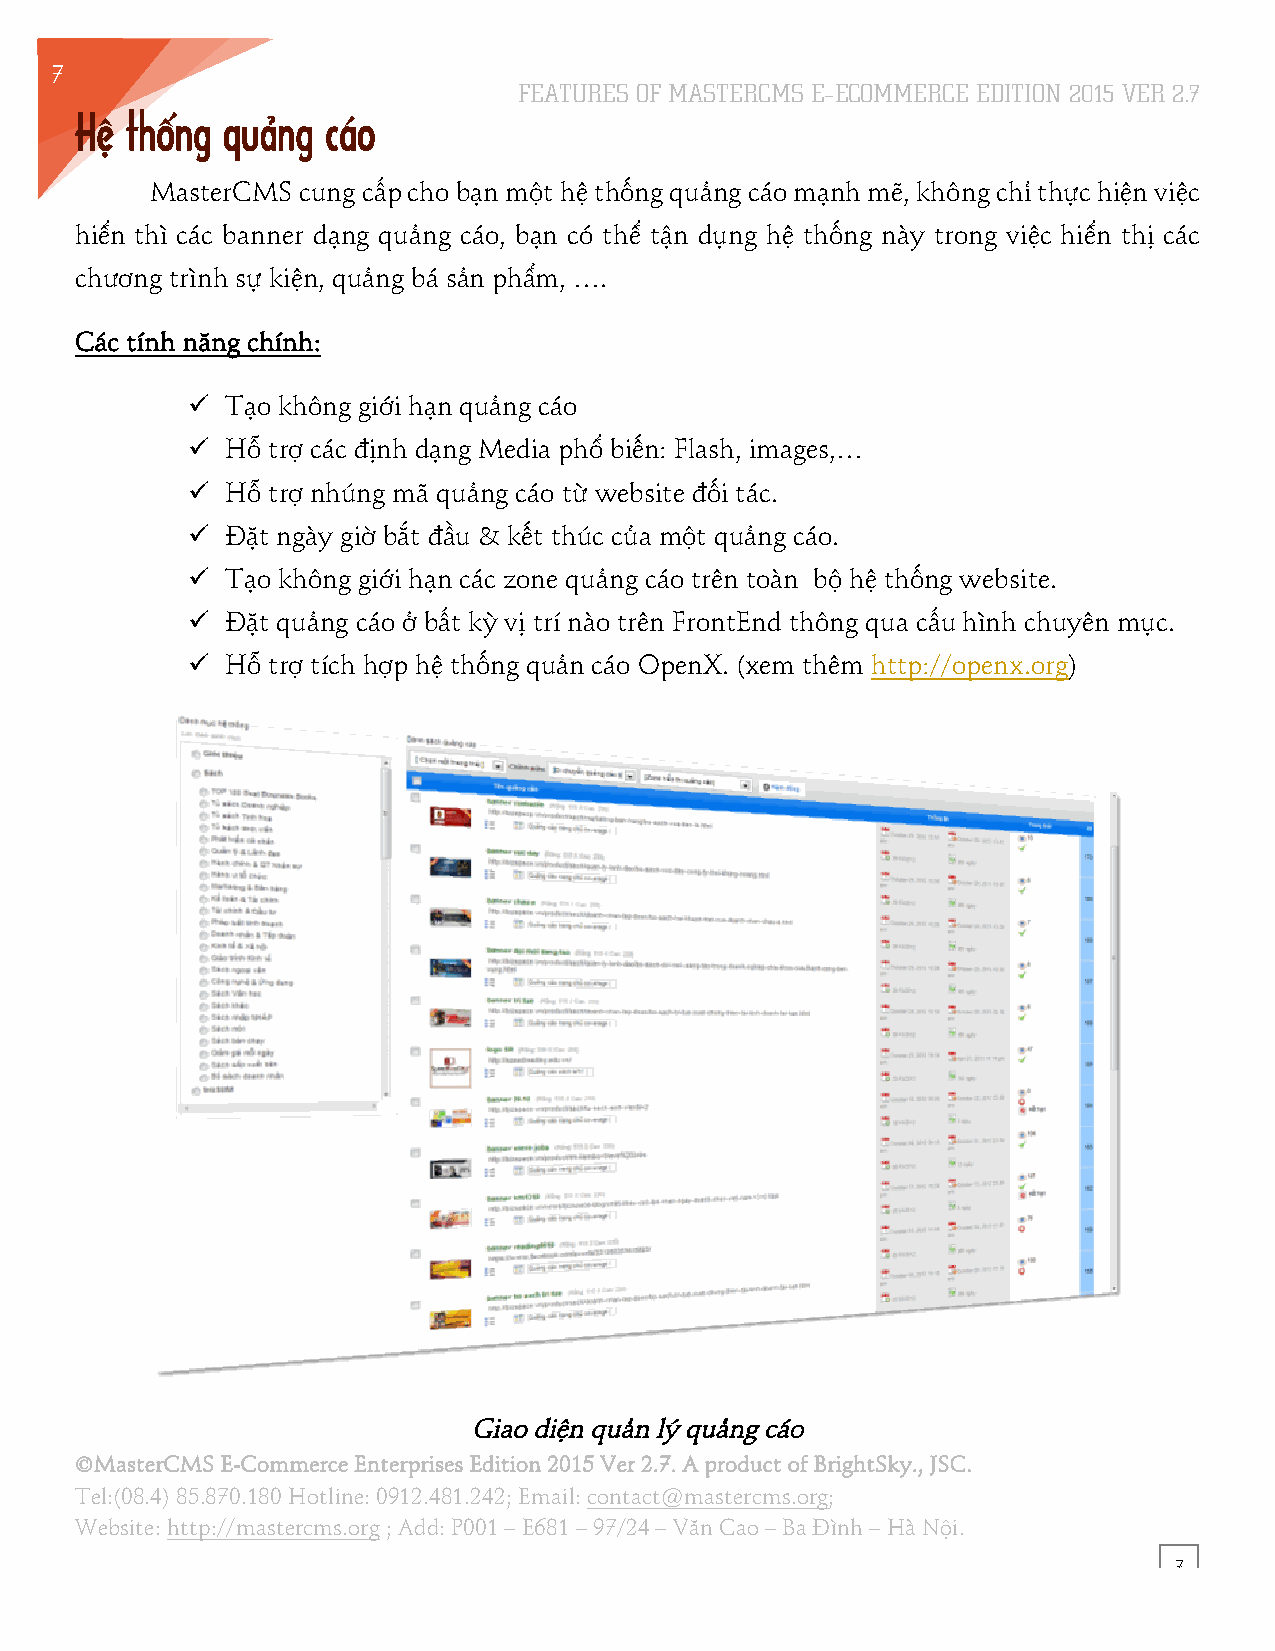
7
 FEATURES OF MASTERCMS E–ECOMMERCE EDITION 2015 VER 2.7
 6
 Hệ thống  quảng  cáo
 MasterCMS cung cấp cho bạn một hệ thống quảng cáo mạnh mẽ, không chỉ thực hiện việc
 hiển thì các banner dạng quảng cáo, bạn có thể tận dụng hệ thống này trong việc hiển thị các
 chương trình sự kiện, quảng bá sản phẩm, ….
 Các tính năng chính:
 !! Tạo không giới hạn quảng cáo
 !! Hỗ trợ các định dạng Media phổ biến: Flash, images,…
 !! Hỗ trợ nhúng mã quảng cáo từ website đối tác.
 !! Đặt ngày giờ bắt đầu & kết thúc của một quảng cáo.
 !! Tạo không giới hạn các zone quảng cáo trên toàn bộ hệ thống website.
 !! Đặt quảng cáo ở bất kỳ vị trí nào trên FrontEnd thông qua cấu hình chuyên mục.
 !! Hỗ trợ tích hợp hệ thống quản cáo OpenX. (xem thêm http://openx.org)
 Giao diện quản lý quảng cáo
 ©MasterCMS E-Commerce Enterprises Edition 2015 Ver 2.7. A product of BrightSky., JSC.
 Tel:(08.4) 85.870.180 Hotline: 0912.481.242; Email: contact@mastercms.org;
 Website: http://mastercms.org ; Add: P001 – E681 – 97/24 – Văn Cao – Ba Đình – Hà Nội.
 7